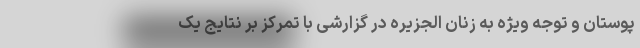
پوستان و توجه ویژه به زنان الجزیره در گزارشی با تمرکز بر نتایج یک